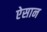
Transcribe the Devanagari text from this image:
ऐसान